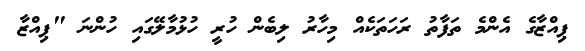
ޕިއްޒާގެ އެންމެ ތަފާތު ރަހަތަކެއް މިހާރު ލިބެން ހުރީ ހުޅުމާލޭގައި ހުންނަ "ޕިއްޒާ